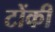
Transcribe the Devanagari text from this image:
टोंकी